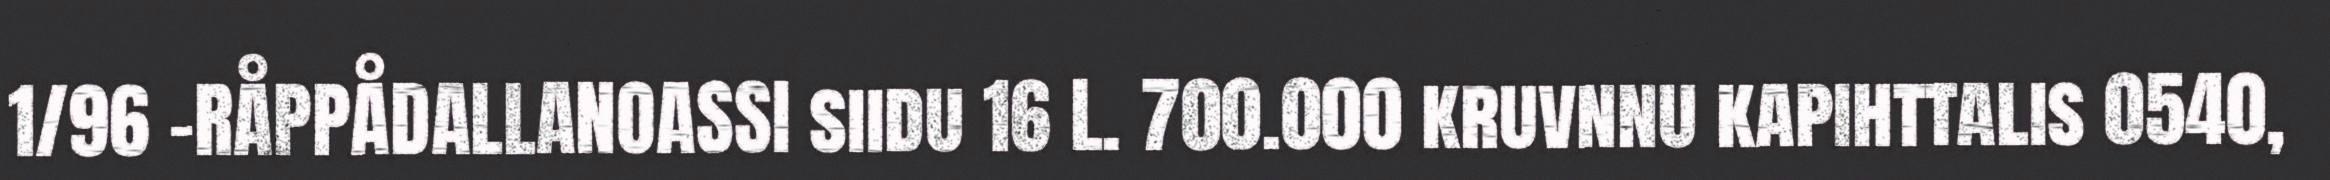
1/96 -RÅPPÅDALLANOASSI siidu 16 L. 700.000 kruvnnu kapihttalis 0540,